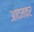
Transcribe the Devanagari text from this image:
आदमकर